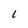
Character: L